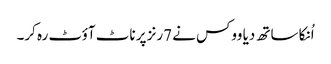
اُنکا ساتھ دیا ووکس نے 7رنز پر ناٹ آؤٹ رہ کر۔